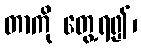
တာကို တွေ့ရ၍၊